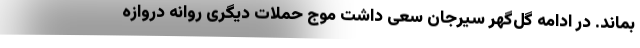
بماند. در ادامه گل‌گهر سیرجان سعی داشت موج حملات دیگری روانه دروازه